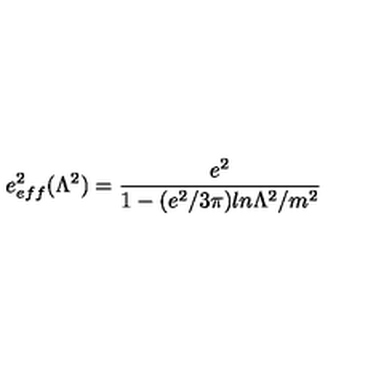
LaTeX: e _ { e f f } ^ { 2 } ( \Lambda ^ { 2 } ) = { \frac { e ^ { 2 } } { 1 - ( e ^ { 2 } / 3 \pi ) l n \Lambda ^ { 2 } / m ^ { 2 } } }